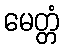
မေတ္တံ